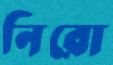
নিরো